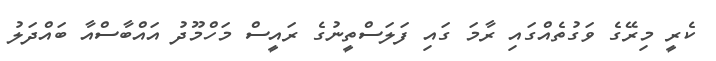
ކެރީ މިރޭގެ ވަގުތެއްގައި ރާމަ ގައި ފަލަސްތީނުގެ ރައީސް މަހްމޫދު އައްބާސްއާ ބައްދަލު